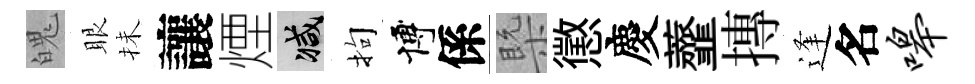
魄眼抺讓煙减拘博係槩懲慶虀摶逢名嗥